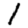
Digit: 1